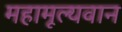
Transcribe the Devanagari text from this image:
महामूल्यवान